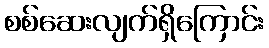
စစ်ဆေးလျက်ရှိကြောင်း